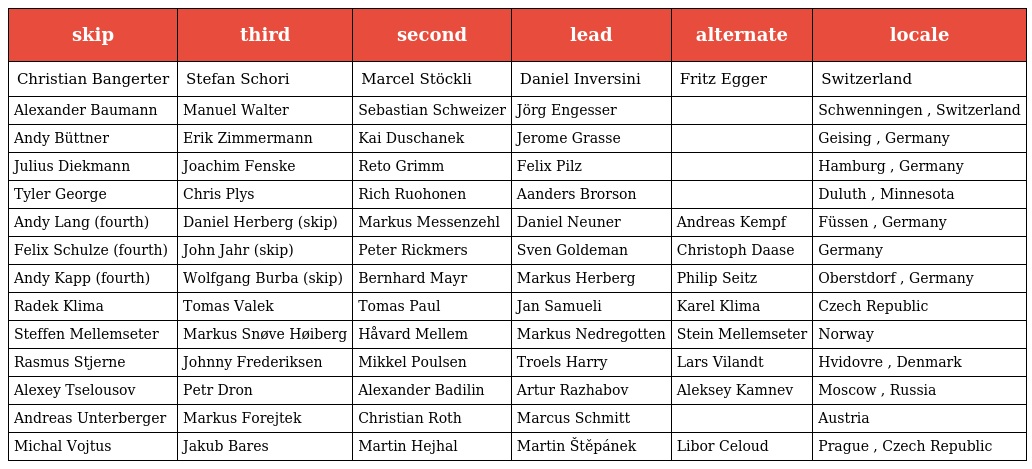
| skip | third | second | lead | alternate | locale |
 | --- | --- | --- | --- | --- | --- |
 | Christian Bangerter | Stefan Schori | Marcel Stöckli | Daniel Inversini | Fritz Egger | Switzerland |
 | Alexander Baumann | Manuel Walter | Sebastian Schweizer | Jörg Engesser |  | Schwenningen , Switzerland |
 | Andy Büttner | Erik Zimmermann | Kai Duschanek | Jerome Grasse |  | Geising , Germany |
 | Julius Diekmann | Joachim Fenske | Reto Grimm | Felix Pilz |  | Hamburg , Germany |
 | Tyler George | Chris Plys | Rich Ruohonen | Aanders Brorson |  | Duluth , Minnesota |
 | Andy Lang (fourth) | Daniel Herberg (skip) | Markus Messenzehl | Daniel Neuner | Andreas Kempf | Füssen , Germany |
 | Felix Schulze (fourth) | John Jahr (skip) | Peter Rickmers | Sven Goldeman | Christoph Daase | Germany |
 | Andy Kapp (fourth) | Wolfgang Burba (skip) | Bernhard Mayr | Markus Herberg | Philip Seitz | Oberstdorf , Germany |
 | Radek Klima | Tomas Valek | Tomas Paul | Jan Samueli | Karel Klima | Czech Republic |
 | Steffen Mellemseter | Markus Snøve Høiberg | Håvard Mellem | Markus Nedregotten | Stein Mellemseter | Norway |
 | Rasmus Stjerne | Johnny Frederiksen | Mikkel Poulsen | Troels Harry | Lars Vilandt | Hvidovre , Denmark |
 | Alexey Tselousov | Petr Dron | Alexander Badilin | Artur Razhabov | Aleksey Kamnev | Moscow , Russia |
 | Andreas Unterberger | Markus Forejtek | Christian Roth | Marcus Schmitt |  | Austria |
 | Michal Vojtus | Jakub Bares | Martin Hejhal | Martin Štěpánek | Libor Celoud | Prague , Czech Republic |